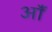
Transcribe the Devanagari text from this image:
ऑं